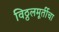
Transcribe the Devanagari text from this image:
विठ्ठलमूर्तीचा